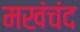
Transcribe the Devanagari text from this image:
मखंचंद